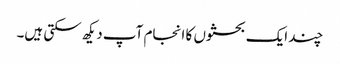
چند ایک بحثوں کا انجام آپ دیکھ سکتی ہیں۔